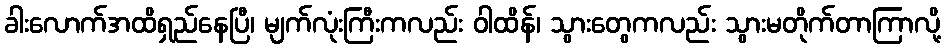
ခါးလောက်အထိရှည်နေပြီ၊ မျက်လုံးကြီးကလည်း ဝါထိန်၊ သွားတွေကလည်း သွားမတိုက်တာကြာလို့